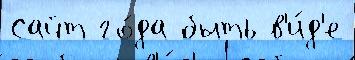
Сайт го́да быть в'и́д'е